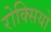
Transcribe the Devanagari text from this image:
रोक्सियो